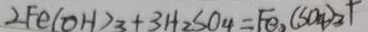
2 F e ( O H ) _ { 3 } + 3 H _ { 2 } S O _ { 4 } = F e _ { 2 } ( S O _ { 4 } ) _ { 3 } +